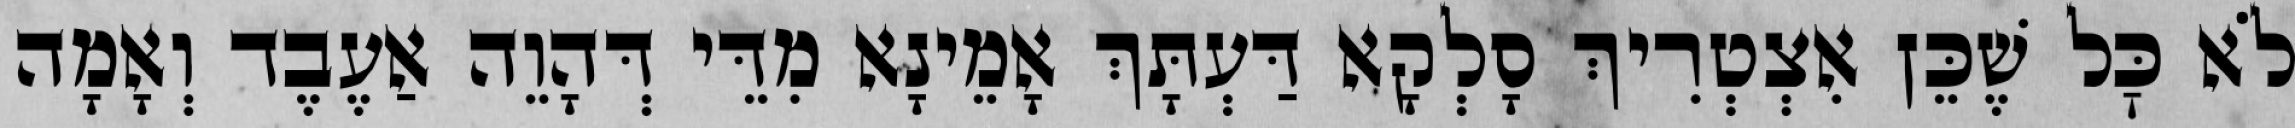
לֹא כׇּל שֶׁכֵּן אִצְטְרִיךְ סָלְקָא דַּעְתָּךְ אָמֵינָא מִדֵּי דְּהָוֵה אַעֶבֶד וְאָמָה